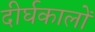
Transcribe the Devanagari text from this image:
दीर्घकालों